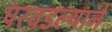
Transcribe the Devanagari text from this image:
परवडल्याने